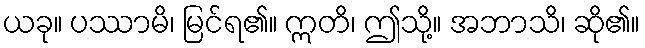
ယခု။ ပဿာမိ၊ မြင်ရ၏။ ဣတိ၊ ဤသို့။ အဘာသိ၊ ဆို၏။